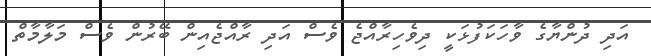
އަދި ދުންޔާގެ ވާހަކަފުޅަކީ ދިވެހިރާއްޖެ ވެސް އަދި ރާއްޖެއިން ބޭރުން ވެސް މަލާމާތް